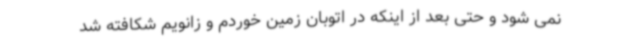
نمی شود و حتی بعد از اینکه در اتوبان زمین خوردم و زانویم شکافته شد